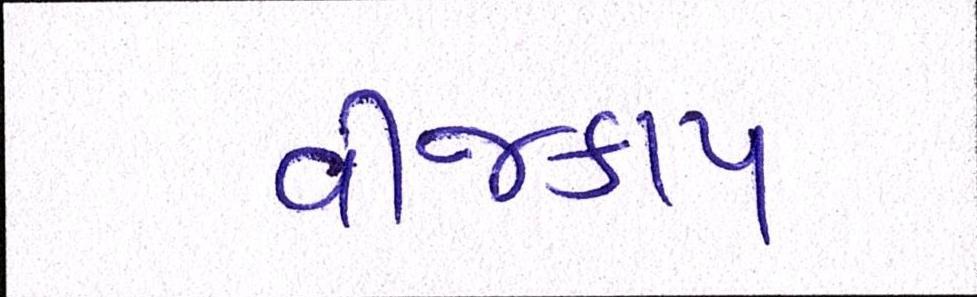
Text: વીજકાપ